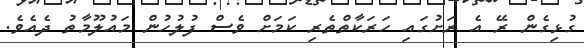
ގުޅިގެން ރޭ އެ ރަށުގައި ހަރަކާތްތެރި ކަމަށް ވެސް ފުލުހުން މައުލޫމާތު ދެއެވެ.